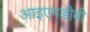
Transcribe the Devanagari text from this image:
आइएमडीबी